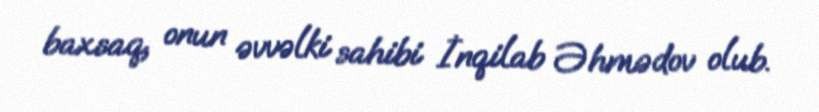
baxsaq, onun əvvəlki sahibi İnqilab Əhmədov olub.